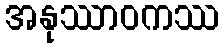
အနုဿာဝကဿ